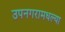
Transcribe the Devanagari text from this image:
उपनगरामधल्या